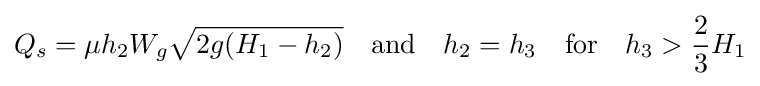
Q_{s}=\mu h_{2}W_{g}{\sqrt {2g(H_{1}-h_{2})}}\quad {\text{and}}\quad h_{2}=h_{3}\quad {\text{for}}\quad h_{3}>{\frac {2}{3}}H_{1}